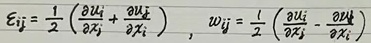
$\varepsilon_{ij}=\frac{1}{2}\left(\frac{\partial u_i}{\partial x_j}+\frac{\partial u_j}{\partial x_i}\right),\quad w_{ij}=\frac{1}{2}\left(\frac{\partial u_i}{\partial x_j}-\frac{\partial u_j}{\partial x_i}\right)$